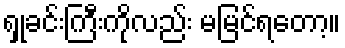
ရှုခင်းကြီးကိုလည်း မမြင်ရတော့။